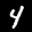
Label: 4